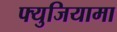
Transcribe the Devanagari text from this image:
फ्युजियामा